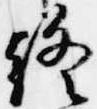
終